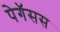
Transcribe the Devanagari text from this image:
पेगॅसस